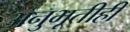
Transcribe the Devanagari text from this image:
अनुभूतीही